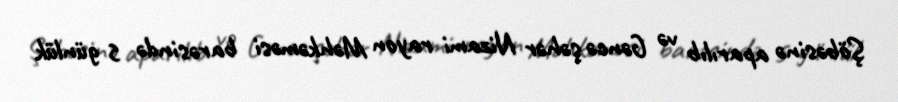
Şöbəsinə aparılıb və Gəncə şəhər Nizami rayon Məhkəməsi barəsində 5 günlük